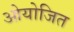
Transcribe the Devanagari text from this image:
ओयोजित